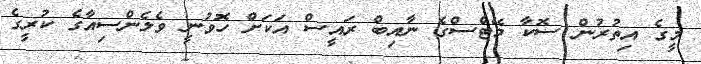
މީގެ އިތުރުން ސޮކާ މޭޓްސްގެ ނާއިބް ރައީސް އަކަށް ހޮވުނީ ވެލެންސިއާގެ ކުރީގެ